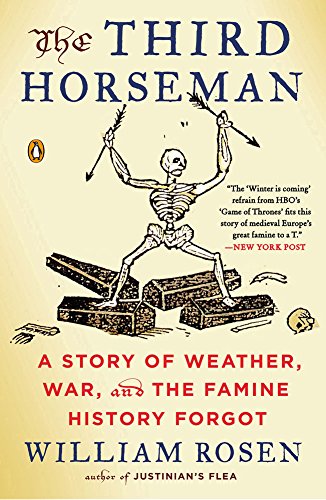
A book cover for The Third Horseman: A Story of Weather, War, and the Famine History Forgot; William Rosen; Science & Math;